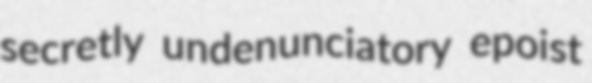
secretly undenunciatory epoist